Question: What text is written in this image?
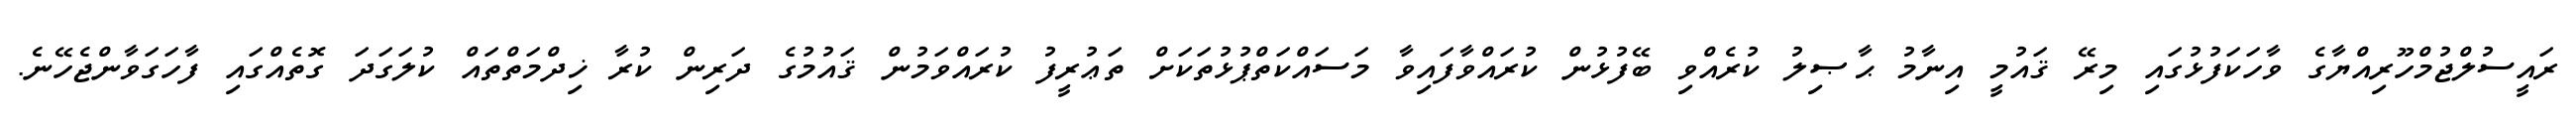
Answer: ރައީސުލްޖުމްހޫރިއްޔާގެ ވާހަކަފުޅުގައި މިރޭ ޤައުމީ އިނާމު ޙާޞިލު ކުރެއްވި ބޭފުޅުން ކުރައްވާފައިވާ މަސައްކަތްޕުޅުތަކަށް ތަޢުރީފު ކުރައްވަމުން ޤައުމުގެ ދަރިން ކުރާ ޚިދްމަތްތައް ކުލަގަދަ ގޮތެއްގައި ފާހަގަވާންޖެހޭނެ.